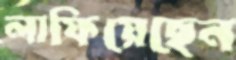
লাফিয়েছেন